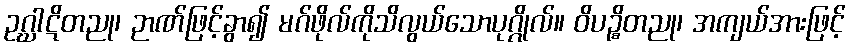
ဥဂ္ဃာဋိတညု၊ ဉာဏ်ဖြင့်ခွာ၍ မဂ်ဖိုလ်ကိုသိလွယ်သောပုဂ္ဂိုလ်။ ဝိပဉ္စိတညု၊ အကျယ်အားဖြင့်